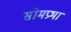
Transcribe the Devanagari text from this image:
सोमप्रभा